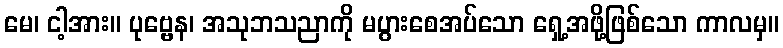
မေ၊ ငါ့အား။ ပုဗ္ဗေန၊ အသုဘသညာကို မပွားစေအပ်သော ရှေ့အဖို့ဖြစ်သော ကာလမှ။